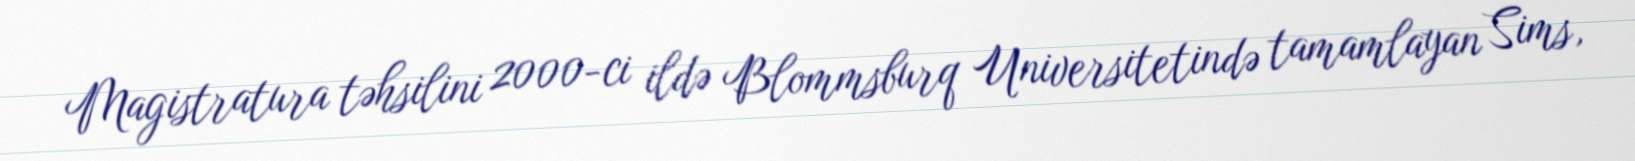
Magistratura təhsilini 2000-ci ildə Blommsburq Universitetində tamamlayan Sims,